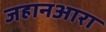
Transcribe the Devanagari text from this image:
जहानआरा